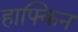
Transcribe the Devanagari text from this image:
हाफ्किन